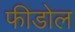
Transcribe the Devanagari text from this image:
फीडोल